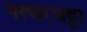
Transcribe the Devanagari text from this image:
पत्थरचट्टा